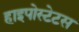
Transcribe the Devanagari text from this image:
हाइपोस्टेटस